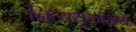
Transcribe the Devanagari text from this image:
नित्ययुक्ताश्रयः